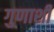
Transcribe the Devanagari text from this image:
गुणाशी